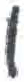
אות: ו